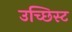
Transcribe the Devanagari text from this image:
उच्छिस्ट